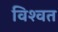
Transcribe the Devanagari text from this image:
विश्‍वत